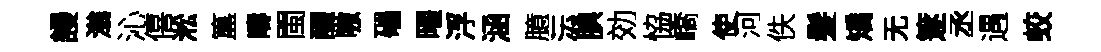
謾滃沁僖淞簋疇閩釅嗷礧曜浮涵臆沄腆効恊嶠使河佚髮矯无篴丞遇蛟